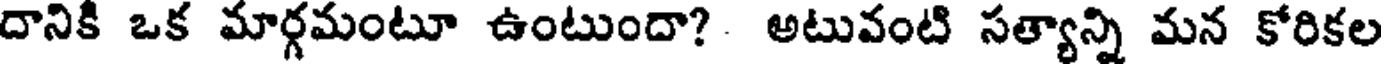
దానికి ఒక మార్గమంటూ ఉంటుందా? అటువంటి సత్యాన్ని మన కోరికల